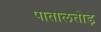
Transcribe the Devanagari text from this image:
पातालतोड़